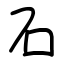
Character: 石